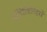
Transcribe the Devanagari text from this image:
बॉडीबिल्डिंरों